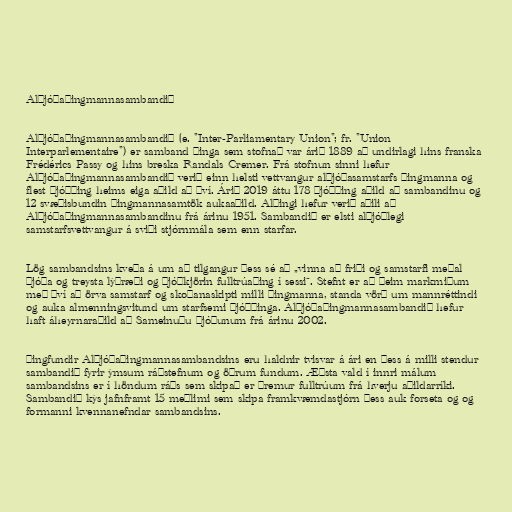
Alþjóðaþingmannasambandið

Alþjóðaþingmannasambandið (e. "Inter-Parliamentary Union"; fr. "Union
Interparlementaire") er samband þinga sem stofnað var árið 1889 að undirlagi hins franska
Frédérics Passy og hins breska Randals Cremer. Frá stofnun sinni hefur
Alþjóðaþingmannasambandið verið einn helsti vettvangur alþjóðasamstarfs þingmanna og
flest þjóðþing heims eiga aðild að því. Árið 2019 áttu 178 þjóðþing aðild að sambandinu og
12 svæðisbundin þingmannasamtök aukaaðild. Alþingi hefur verið aðili að
Alþjóðaþingmannasambandinu frá árinu 1951. Sambandið er elsti alþjóðlegi
samstarfsvettvangur á sviði stjórnmála sem enn starfar.

Lög sambandsins kveða á um að tilgangur þess sé að „vinna að friði og samstarfi meðal
þjóða og treysta lýðræði og þjóðkjörin fulltrúaþing í sessi“. Stefnt er að þeim markmiðum
með því að örva samstarf og skoðanaskipti milli þingmanna, standa vörð um mannréttindi
og auka almenningsvitund um starfsemi þjóðþinga. Alþjóðaþingmannasambandið hefur
haft áheyrnaraðild að Sameinuðu þjóðunum frá árinu 2002.

Þingfundir Alþjóðaþingmannasambandsins eru haldnir tvisvar á ári en þess á milli stendur
sambandið fyrir ýmsum ráðstefnum og öðrum fundum. Æðsta vald í innri málum
sambandsins er í höndum ráðs sem skipað er þremur fulltrúum frá hverju aðildarríki.
Sambandið kýs jafnframt 15 meðlimi sem skipa framkvæmdastjórn þess auk forseta og og
formanni kvennanefndar sambandsins.